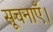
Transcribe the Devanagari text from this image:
सूचनाएँ।